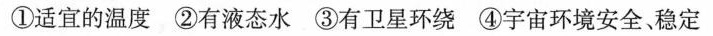
①适宜的温度 ②有液态水 ③有卫星环绕 ④宇宙环境安全、稳定